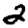
Digit: 2